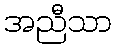
အညီသာ